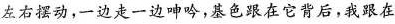
左右摆动，一边走一边呻吟，基色跟在它背后，我跟在